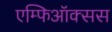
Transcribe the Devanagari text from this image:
एम्फिऑक्सस